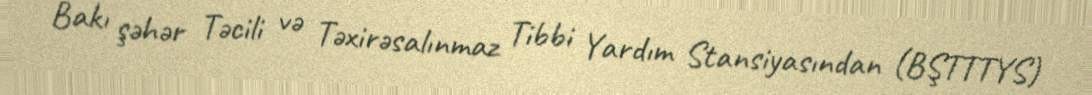
Bakı şəhər Təcili və Təxirəsalınmaz Tibbi Yardım Stansiyasından (BŞTTTYS)